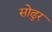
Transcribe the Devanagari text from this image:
सोढुर